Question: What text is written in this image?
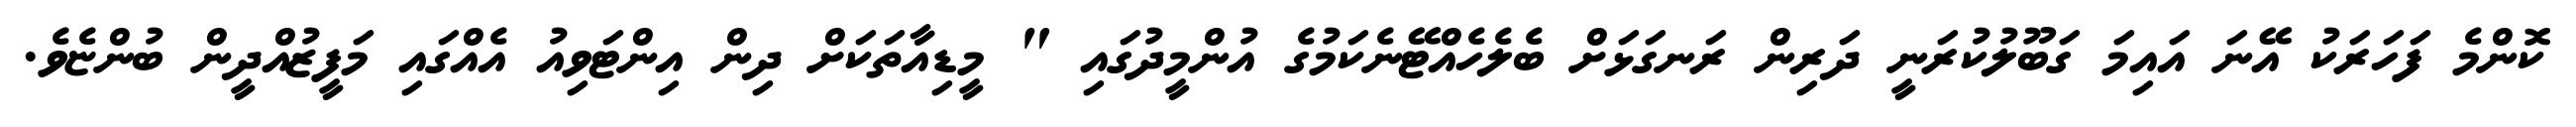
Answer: ކޮންމެ ފަހަރަކު އޭނަ އައިމަ ގަބޫލުކުރަނީ ދަރިން ރަނގަޅަށް ބެލެހެއްޓޭނެކަމުގެ އުންމީދުގައި " މީޑިއާތަކަށް ދިން އިންޓަވިއު އެއްގައި މަފީޒުއްދީން ބުންޏެވެ.